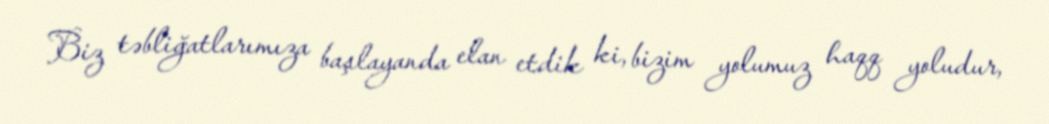
Biz təbliğatlarımıza başlayanda elan etdik ki, bizim yolumuz haqq yoludur,